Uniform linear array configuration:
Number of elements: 24
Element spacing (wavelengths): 0.25
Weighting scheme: binomial
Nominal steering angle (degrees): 0
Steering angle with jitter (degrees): -0.2331
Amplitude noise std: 0.05
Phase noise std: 0.05

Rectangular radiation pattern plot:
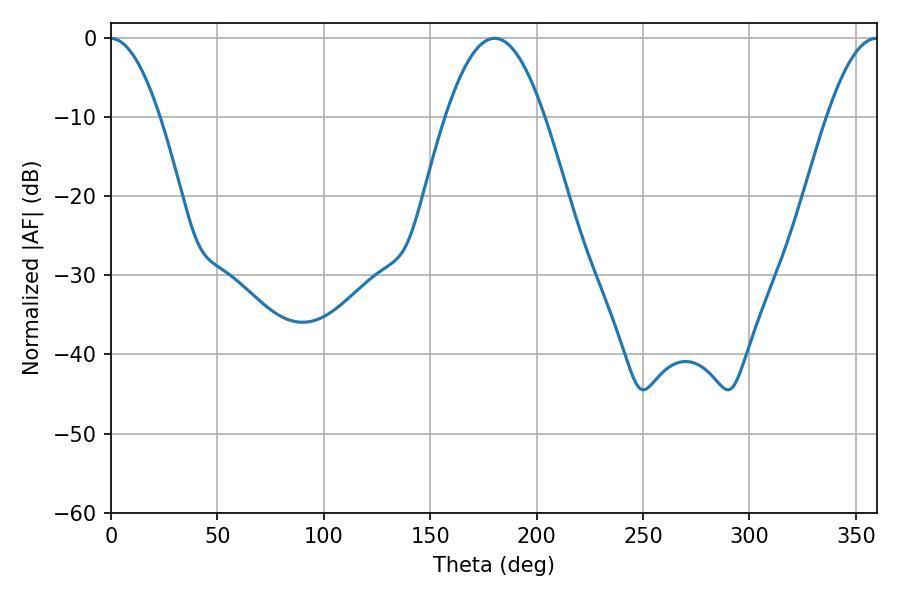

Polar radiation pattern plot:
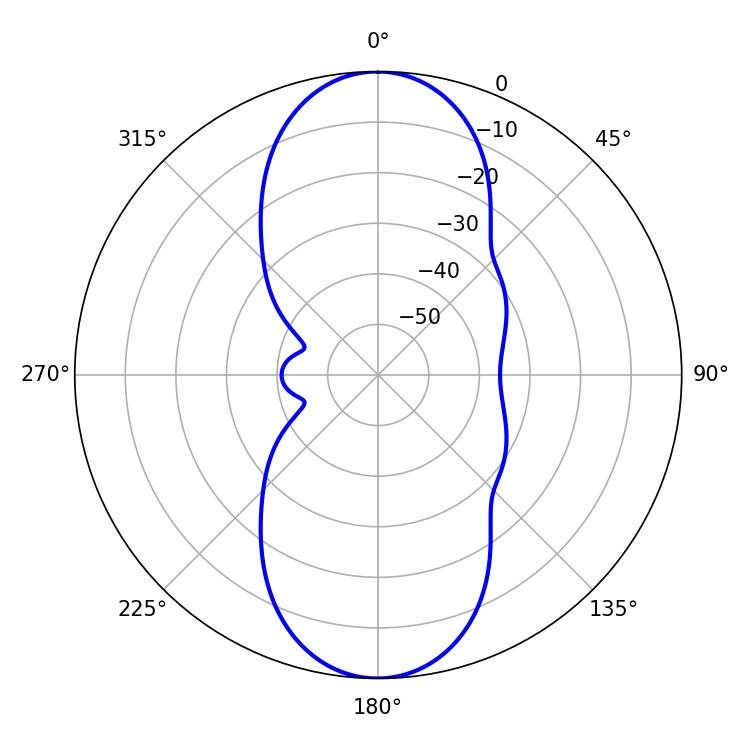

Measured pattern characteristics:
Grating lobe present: FALSE
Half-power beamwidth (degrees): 25.38
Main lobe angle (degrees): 180.18